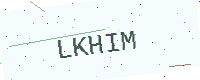
Text: LKHIM